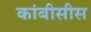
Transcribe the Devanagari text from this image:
कांबीसीस